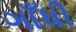
ગાઁધી